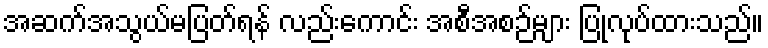
အဆက်အသွယ်မပြတ်ရန် လည်းကောင်း အစီအစဉ်များ ပြုလုပ်ထားသည်။